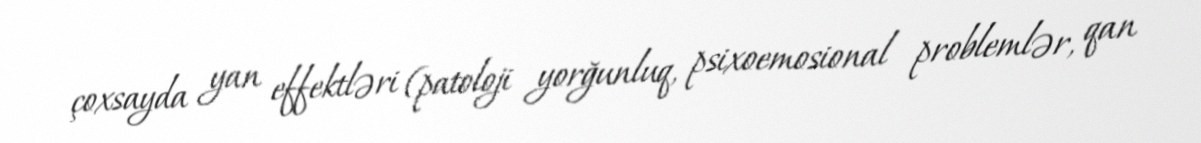
çoxsayda yan effektləri (patoloji yorğunluq, psixoemosional problemlər, qan